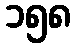
၁၅၈